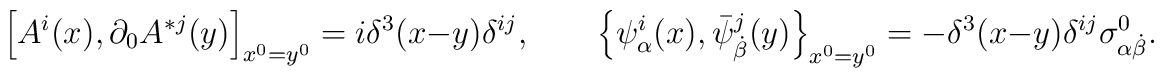
\left[A^i(x), \partial_0A^{*j}(y)\right]_{x^0=y^0}=i \delta^3(x-y)\delta^{ij}, \qquad \left\{\psi^i_\alpha(x), \bar \psi^{j}_{ \dot \beta}(y)\right\}_{x^0=y^0}=- \delta^3(x-y)\delta^{ij}\sigma^0_{\alpha \dot \beta} .